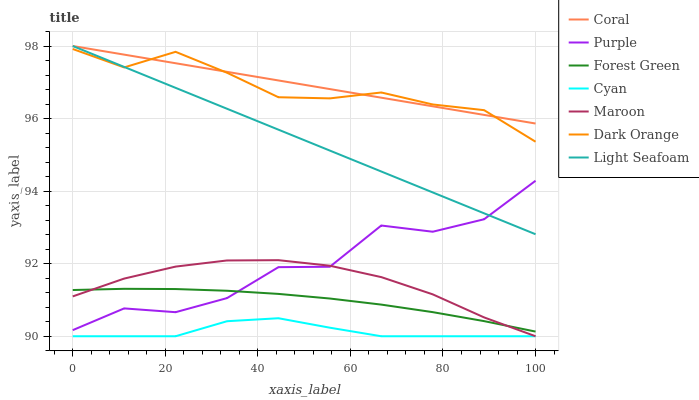
| xaxis_label | Coral | Purple | Forest Green | Cyan | Maroon | Dark Orange | Light Seafoam |
 | --- | --- | --- | --- | --- | --- | --- | --- |
 | 0 | 98 | 90.2 | 91.3 | 90 | 91.1 | 97.9 | 98 |
 | 11.1 | 97.8 | 90.8 | 91.3 | 90 | 91.6 | 97.4 | 97.4 |
 | 22.2 | 97.5 | 90.7 | 91.3 | 90 | 91.9 | 97.8 | 96.8 |
 | 33.3 | 97.3 | 91.1 | 91.3 | 90.4 | 92.1 | 97.3 | 96.3 |
 | 44.4 | 97.1 | 91.9 | 91.2 | 90.5 | 92.1 | 96.6 | 95.7 |
 | 55.6 | 96.8 | 91.9 | 91 | 90.2 | 91.9 | 96.6 | 95.1 |
 | 66.7 | 96.6 | 93.1 | 90.9 | 90 | 91.6 | 96.7 | 94.5 |
 | 77.8 | 96.3 | 92.9 | 90.7 | 90 | 91.2 | 96.4 | 94 |
 | 88.9 | 96.1 | 93.2 | 90.4 | 90 | 90.5 | 96.2 | 93.4 |
 | 100 | 95.9 | 94.3 | 90.1 | 90 | 90 | 95.4 | 92.8 |